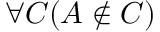
\forall C ( A \notin C )